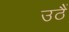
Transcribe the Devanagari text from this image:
उठैं